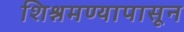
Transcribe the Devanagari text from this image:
शिश्नमण्यापासून